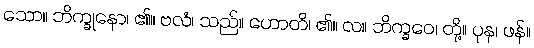
သော။ ဘိက္ခုနော၊ ၏။ ဗလံ၊ သည်။ ဟောတိ၊ ၏။ လ။ ဘိက္ခဝေ၊ တို့။ ပုန၊ ဖန်။